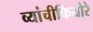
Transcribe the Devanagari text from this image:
व्यांचीफियोरे